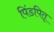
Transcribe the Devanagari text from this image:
पिंडपितृ